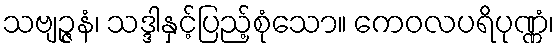
သဗျဉ္ဇနံ၊ သဒ္ဒါနှင့်ပြည့်စုံသော။ ကေဝလပရိပုဏ္ဏံ၊